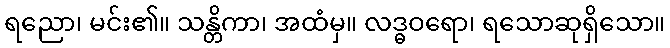
ရညော၊ မင်း၏။ သန္တိကာ၊ အထံမှ။ လဒ္ဓဝရော၊ ရသောဆုရှိသော။